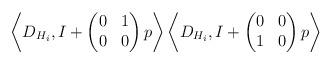
LaTeX: \begin{align*}\left \langle D_{H_i}, I + \begin{pmatrix} 0 & 1 \\ 0 & 0 \end{pmatrix} p \right \rangle \left \langle D_{H_i}, I + \begin{pmatrix} 0 & 0 \\ 1 & 0 \end{pmatrix} p \right \rangle \end{align*}